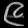
Digit: ၉